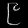
Digit: ၉